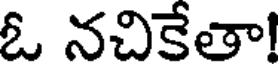
ఓ నచికేతా!